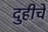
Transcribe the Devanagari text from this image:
दुहीचे